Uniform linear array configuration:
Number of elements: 64
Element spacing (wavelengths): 0.25
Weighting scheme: cosine
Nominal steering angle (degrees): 60
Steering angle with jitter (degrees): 58.402
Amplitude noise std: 0.05
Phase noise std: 0.05

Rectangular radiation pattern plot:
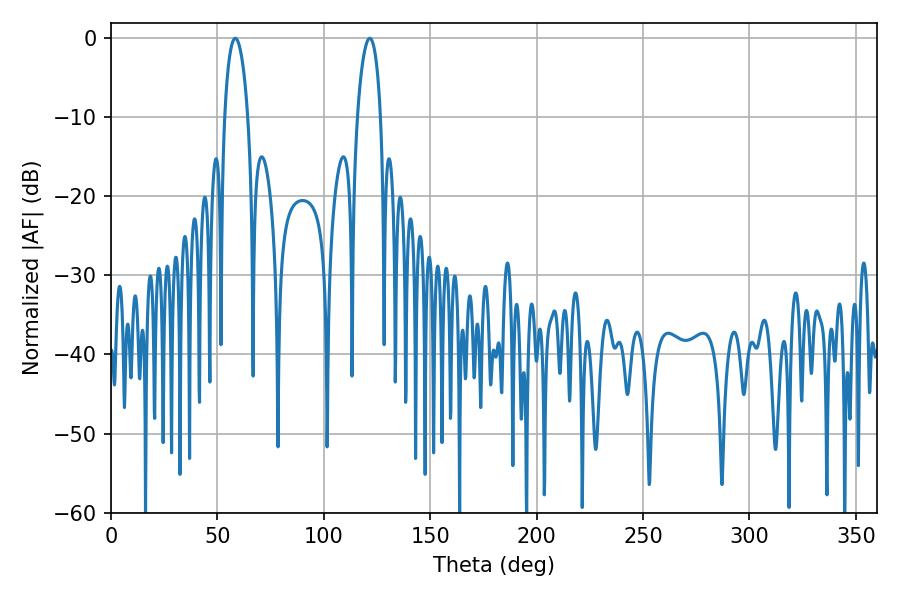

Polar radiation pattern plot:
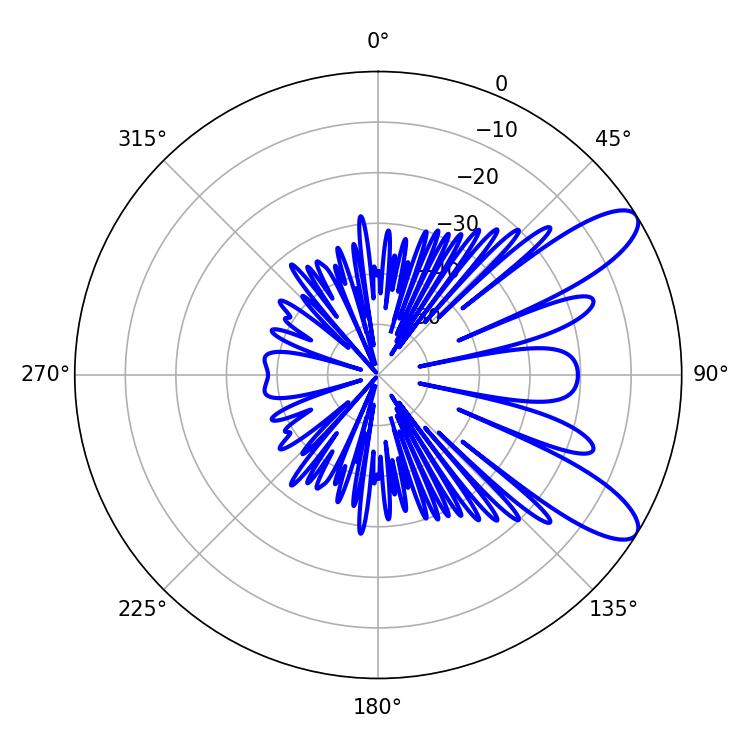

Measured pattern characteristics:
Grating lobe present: FALSE
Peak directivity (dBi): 9.872
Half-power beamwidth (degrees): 6.3
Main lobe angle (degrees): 58.5